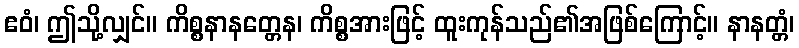
ဧဝံ၊ ဤသို့လျှင်။ ကိစ္စနာနတ္တေန၊ ကိစ္စအားဖြင့် ထူးကုန်သည်၏အဖြစ်ကြောင့်။ နာနတ္တံ၊